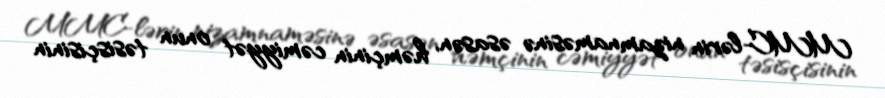
MMC-lərin nizamnaməsinə əsasən, həmçinin cəmiyyət onun təsisçisinin